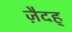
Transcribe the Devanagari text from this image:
ज़ैदह्